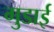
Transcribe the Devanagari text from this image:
गुडाई